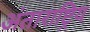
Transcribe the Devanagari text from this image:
अंताराष्ट्रिय